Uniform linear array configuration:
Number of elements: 48
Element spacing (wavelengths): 1
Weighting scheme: blackman
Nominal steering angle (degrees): -15
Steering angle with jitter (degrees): -14.353
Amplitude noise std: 0.05
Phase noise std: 0.05

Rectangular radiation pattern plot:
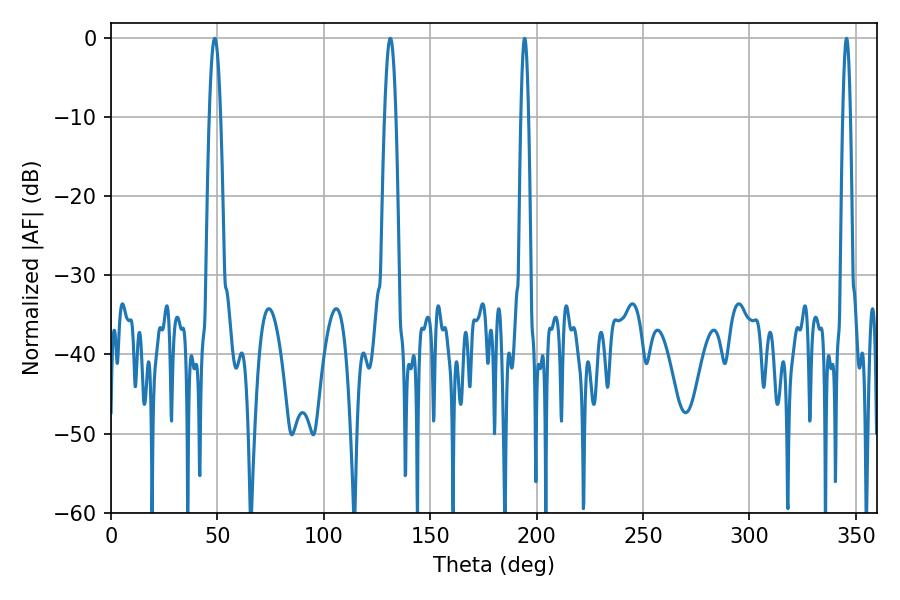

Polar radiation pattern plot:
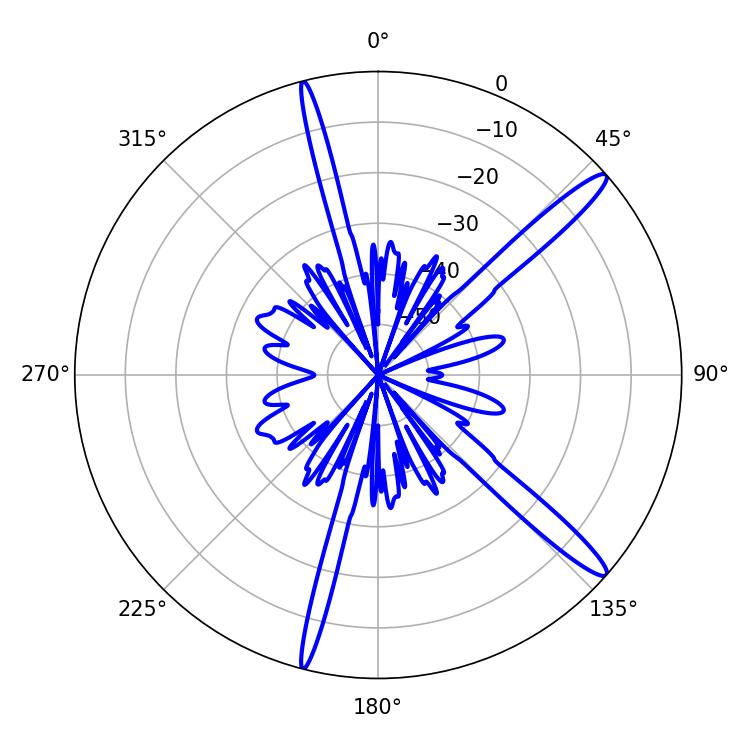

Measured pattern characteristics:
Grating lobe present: TRUE
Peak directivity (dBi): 14.868
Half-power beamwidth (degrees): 2.88
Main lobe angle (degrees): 48.78